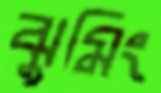
ঝুমিং